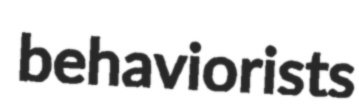
behaviorists